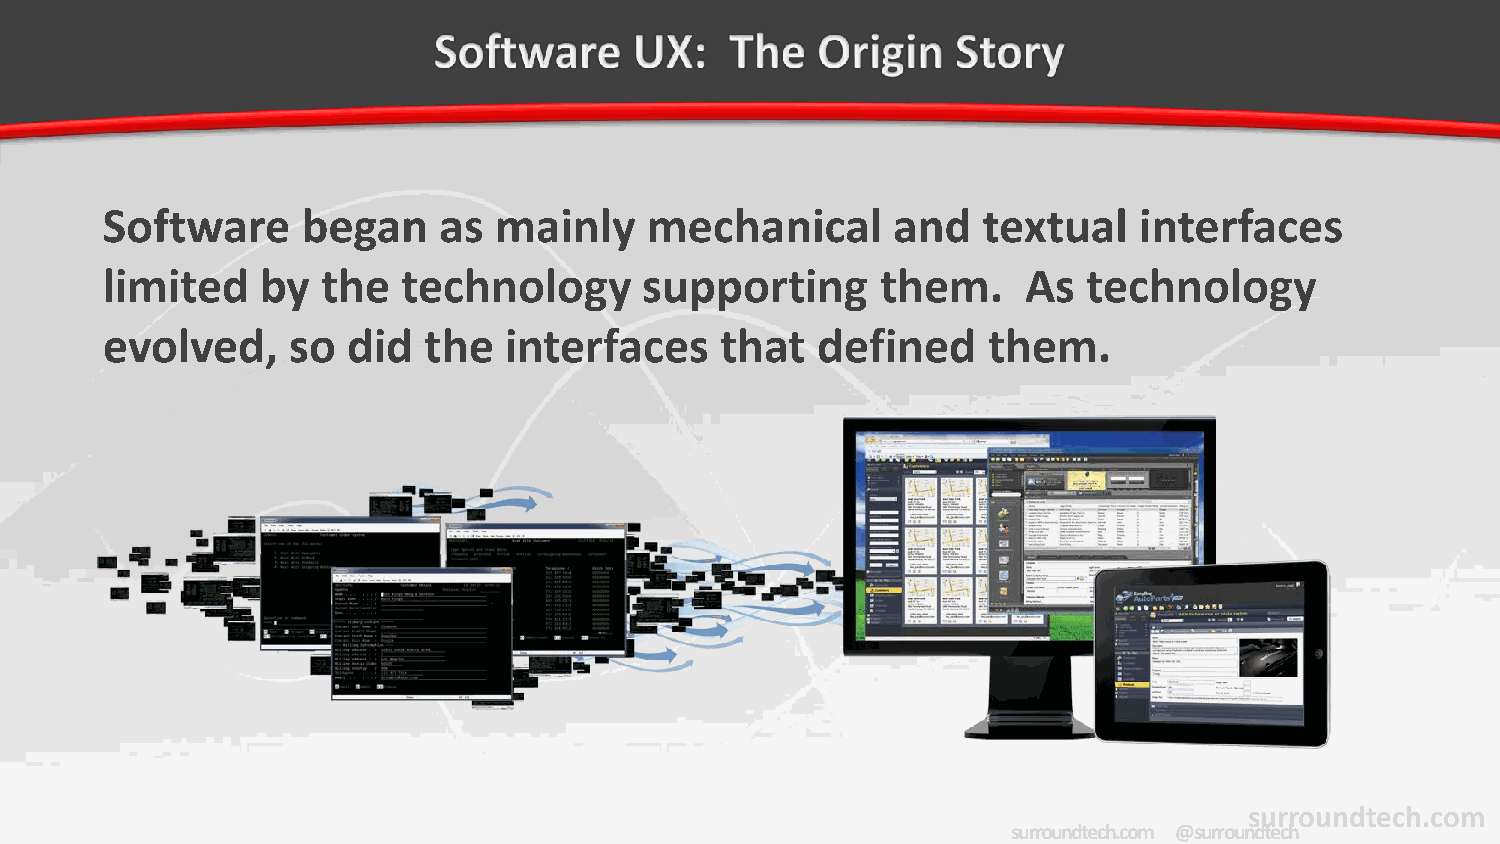
Software     began    as  mainly    mechanical      and   textual   interfaces
 limited   by  the   technology      supporting     them.     As  technology
 evolved,    so  did  the  interfaces     that  defined    them.
 surroundtech.com
 surroundtech.com | @surroundtech